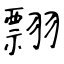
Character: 翲